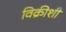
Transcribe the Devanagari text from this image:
विक्रीशी